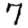
Digit: 7